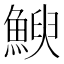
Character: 𮫿